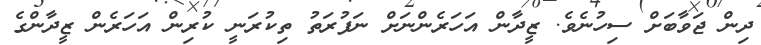
ދިން ޖަވާބަށް ސިހުނެވެ. ޒީދާން އަހަރެންނަށް ނަފުރަތު ތިކުރަނީ ކުރިން އަހަރެން ޒީދާންގެ